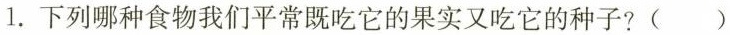
1.下列哪种食物我们平常既吃它的果实又吃它的种子? ()